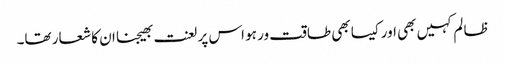
ظا لم کہیں بھی اور کیسا بھی طاقت ور ہو اس پر لعنت بھیجنا ان کا شعار تھا۔